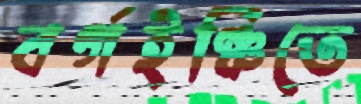
বর্গইঞ্চিতে